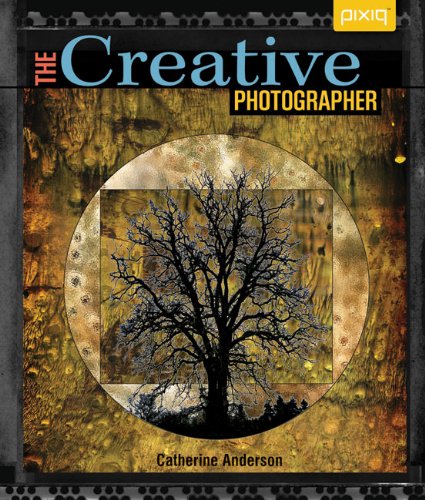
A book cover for The Creative Photographer; Catherine Anderson; Crafts, Hobbies & Home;